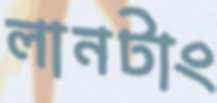
লানটাং